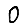
Digit: 0